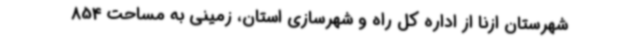
شهرستان ازنا از اداره کل راه و شهرسازی استان، زمینی به مساحت 854